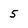
Character: 5